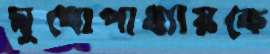
মুখোপাধ্যায়কে